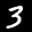
Label: 3